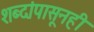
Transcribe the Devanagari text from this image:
शब्दांपासूनही